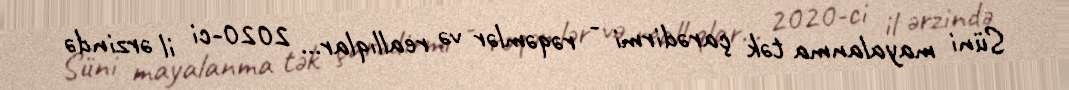
Süni mayalanma tək çarədirmi - rəqəmlər və reallıqlar... 2020-ci il ərzində